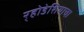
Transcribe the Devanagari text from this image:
र्‍होडेशियाचा